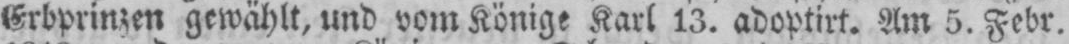
Erbprinzen gewählt, und vom Könige Karl 13. adoptirt. Am 5. Febr.